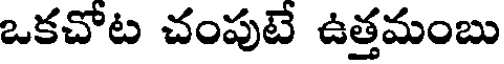
ఒకచోట చంపుటే ఉత్తమంబు